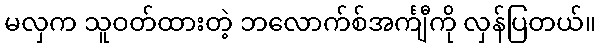
မလှက သူဝတ်ထားတဲ့ ဘလောက်စ်အင်္ကျီကို လှန်ပြတယ်။